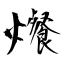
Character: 爘